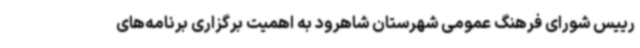
رییس شورای فرهنگ عمومی شهرستان شاهرود به اهمیت برگزاری برنامه‌های